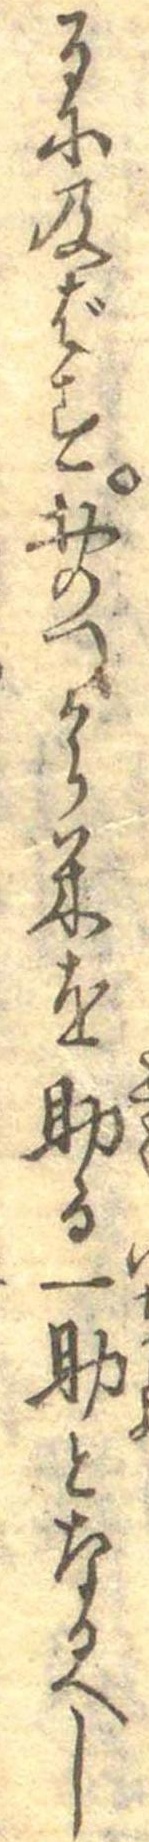
るに及ばすおのつから米を助る一助となるへし